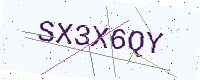
Text: SX3X6QY